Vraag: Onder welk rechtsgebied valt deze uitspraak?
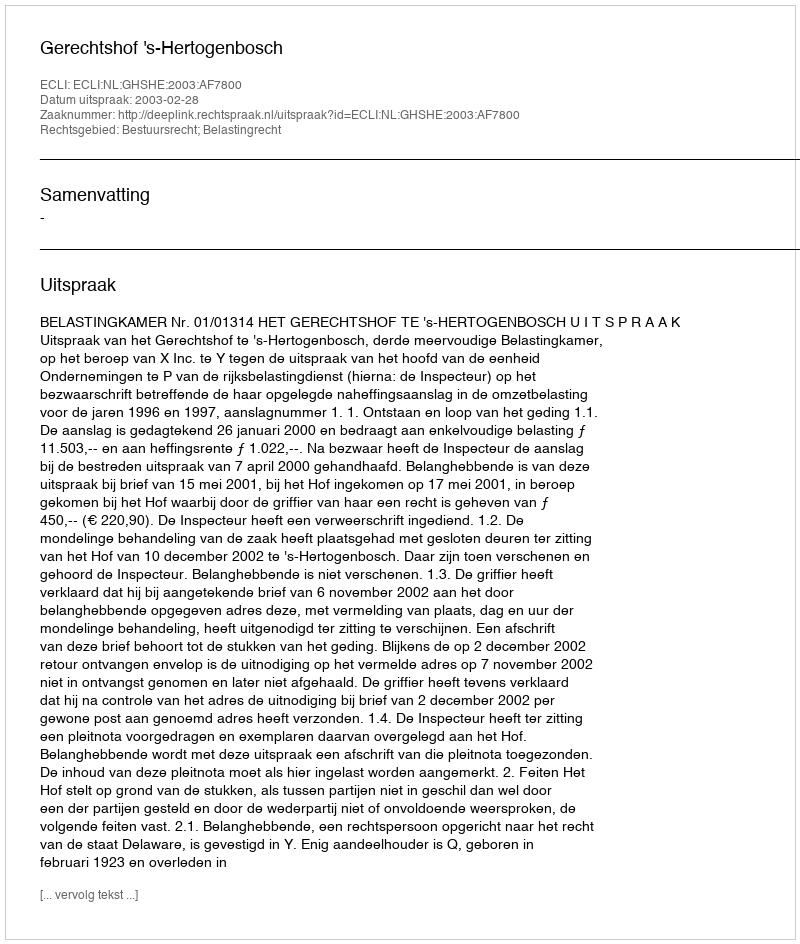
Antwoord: Bestuursrecht; Belastingrecht